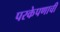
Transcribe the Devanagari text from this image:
परकेपणाची